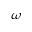
\omega